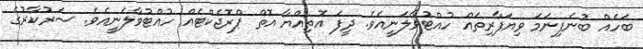
ބަހެއް ބުނެފިނަމަ ވިޔަފާރިތައް ހުއްޓުވާލަނީއެވެ. ދީފަ އޮތިއްޔާ އޮތް ޕްރޮޖެކްޓެއް ހުއްޓުވާލަނީއެވެ. ސަރުކާރުގެ